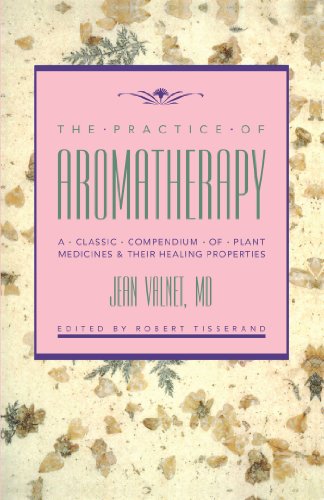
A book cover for The Practice of Aromatherapy: A Classic Compendium of Plant Medicines and Their Healing Properties; Jean Valnet M.D.; Health, Fitness & Dieting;